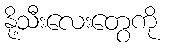
နို့သီးလေးတွေကို